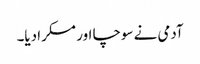
آدمی نے سوچا اور مسکرا دیا۔